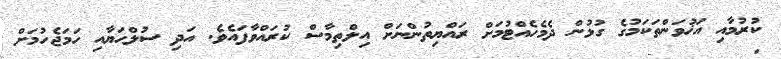
ކުރުމާއި އަޚުވަންތަކަމުގެ ގުޅުން ދެމެހެއްޓުމަށް ރައްޔިތުންނަށް އިލްތިމާސް ކުރައްވާފައެވެ. އަދި ސުލްޙަޔާއި ހަމަޖެހުމަށް